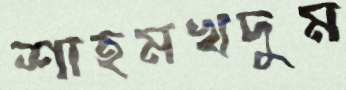
শাহমখদুম